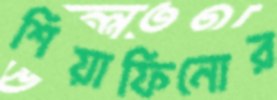
শিয়াফিনোর